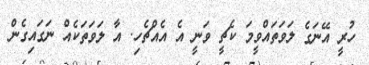
ހުރީ އޭނަގެ ލަވަތައްވީމަ ކެޗީ ވަނީ އެ އެއްޗެހި. އާ ލަވަތަކެއް ނަގައިގެން